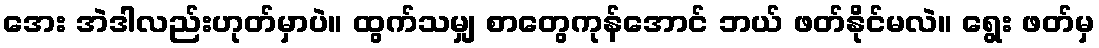
အေး အဲဒါလည်းဟုတ်မှာပဲ။ ထွက်သမျှ စာတွေကုန်အောင် ဘယ် ဖတ်နိုင်မလဲ။ ရွေး ဖတ်မှ